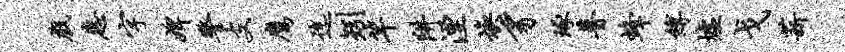
戏惠字婢警支鹰迄矧竿阱湮焕豸琢瞢蜂缚墟戈薪